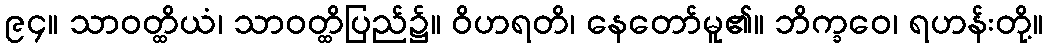
၉၄။ သာဝတ္ထိယံ၊ သာဝတ္ထိပြည်၌။ ဝိဟရတိ၊ နေတော်မူ၏။ ဘိက္ခဝေ၊ ရဟန်းတို့။